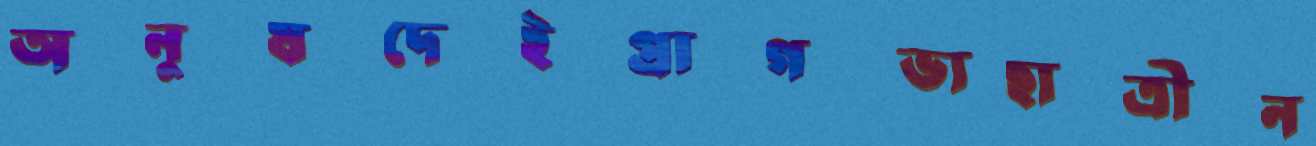
অনুষদেইপ্রাগল্‌ভ্যছাত্রীন